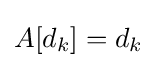
A[d_{k}]=d_{k}